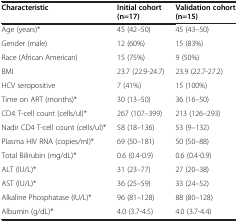
| Characteristic | Initial cohort (n=17) | Validation cohort (n=15) |
 | --- | --- | --- |
 | Age (years)* | 45 (42–50) | 45 (43–50) |
 | Gender (male) | 12 (60%) | 15 (83%) |
 | Race (African American) | 15 (75%) | 9 (50%) |
 | BMI | 23.7 (22.9-24.7) | 23.9 (22.7-27.2) |
 | HCV seropositive | 7 (41%) | 15 (100%) |
 | Time on ART (months)* | 30 (13–50) | 36 (16–50) |
 | CD4 T-cell count (cells/ul)* | 267 (107–399) | 213 (126–293) |
 | Nadir CD4 T-cell count (cells/ul)* | 58 (18–136) | 53 (9–132) |
 | Plasma HIV RNA (copies/ml)* | 69 (50–181) | 50 (50–88) |
 | Total Bilirubin (mg/dL)* | 0.6 (0.4-0.9) | 0.6 (0.4-0.9) |
 | ALT (IU/L)* | 31 (23–77) | 27 (20–38) |
 | AST (IU/L)* | 36 (25–59) | 33 (24–52) |
 | Alkaline Phosphatase (IU/L)* | 96 (81–128) | 88 (80–128) |
 | Albumin (g/dL)* | 4.0 (3.7-4.5) | 4.0 (3.7-4.4) |